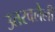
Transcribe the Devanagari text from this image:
उतरवलेली